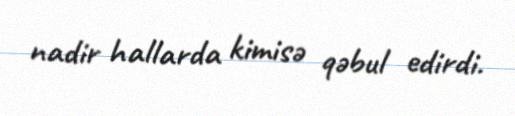
nadir hallarda kimisə qəbul edirdi.